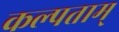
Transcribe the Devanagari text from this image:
कल्पताम्